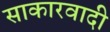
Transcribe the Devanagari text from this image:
साकारवादी